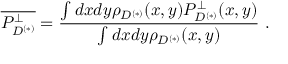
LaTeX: \overline { { { P _ { D ^ { ( * ) } } ^ { \perp } } } } = \frac { \int d x d y \rho _ { D ^ { ( * ) } } ( x , y ) P _ { D ^ { ( * ) } } ^ { \perp } ( x , y ) } { \int d x d y \rho _ { D ^ { ( * ) } } ( x , y ) } ~ .